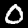
Digit: 0